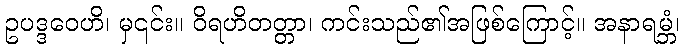
ဥပဒ္ဒဝေဟိ၊ မှ၎င်း။ ဝိရဟိတတ္တာ၊ ကင်းသည်၏အဖြစ်ကြောင့်။ အနာရမ္ဘံ၊